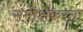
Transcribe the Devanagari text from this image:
समीक्षेकरता